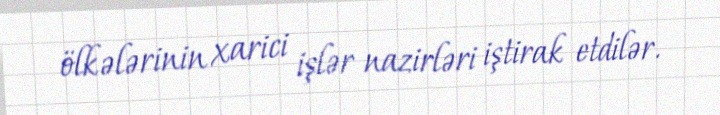
ölkələrinin xarici işlər nazirləri iştirak etdilər.